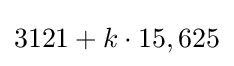
3121+k\cdot 15,625